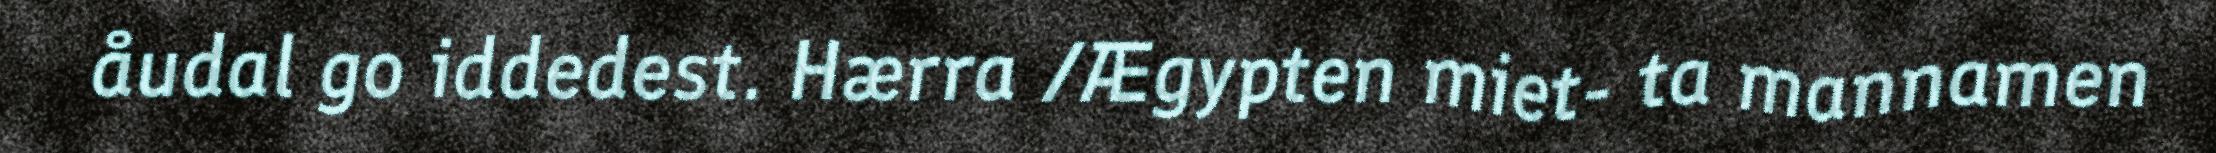
åudal go iddedest. Hærra /Ægypten miet- ta mannamen